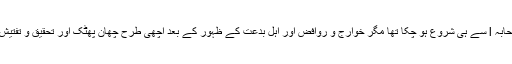
اگرچہ جرح و تعدیل کا کام عہدِ صحابہ l سے ہی شروع ہو چکا تھا مگر خوارج و روافض اور اَہلِ بدعت کے ظہور کے بعد اچھی طرح چھان پھٹک اور تحقیق و تفتیش کرکے روایت قبول کی جاتی تھی۔